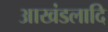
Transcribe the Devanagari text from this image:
आखंडलादि